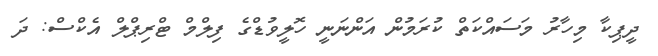
ދީޕިކާ މިހާރު މަސައްކަތް ކުރަމުން އަންނަނީ ހޮލީވުޑްގެ ފިލްމް ޓްރިޕްލް އެކްސް: ދަ